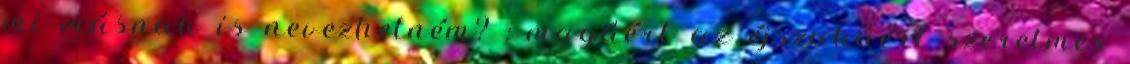
mi másnak is nevezhetném? : magáért az éjszakáért szerelmes